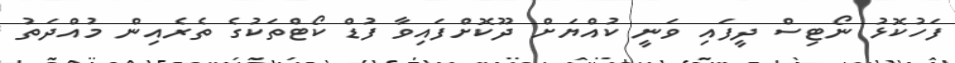
ފަހުކޮޅު ނޯޓިސް ދީފައި ވަނީ ކުއްޔަށް ދޫކޮށްފައިވާ ފުޑް ކޯޓްތަކުގެ ތެރެއިން މުއްދަތު